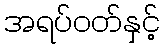
အရပ်ဝတ်နှင့်